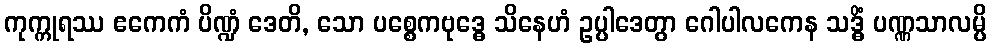
ကုက္ကုရဿ ဧကေကံ ပိဏ္ဍံ ဒေတိ, သော ပစ္စေကဗုဒ္ဓေ သိနေဟံ ဥပ္ပါဒေတွာ ဂေါပါလကေန သဒ္ဓိံ ပဏ္ဏသာလမ္ပိ